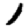
Digit: 1